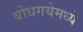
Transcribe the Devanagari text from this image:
बोधगयेमध्ये